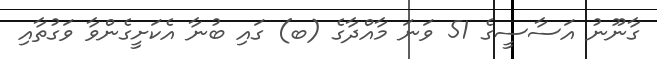
ގާނޫނު އަސާސީގެ 51 ވަނަ މާއްދާގެ (ބ) ގައި ބުނާ އެކަށީގެންވާ ވަގުތާއި